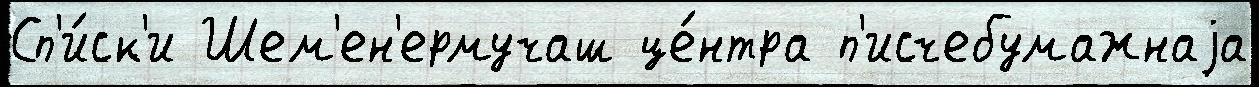
Сп'и́ск'и Шем'ен'ермучаш це́нтра п'исчебумажнаjа